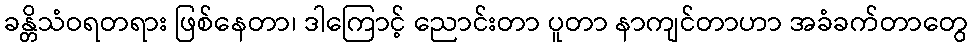
ခန္တိသံဝရတရား ဖြစ်နေတာ၊ ဒါကြောင့် ညောင်းတာ ပူတာ နာကျင်တာဟာ အခံခက်တာတွေ